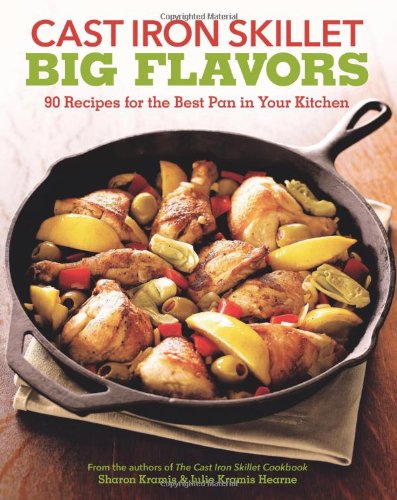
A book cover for Cast Iron Skillet Big Flavors: 90 Recipes for the Best Pan in Your Kitchen; Sharon Kramis; Cookbooks, Food & Wine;